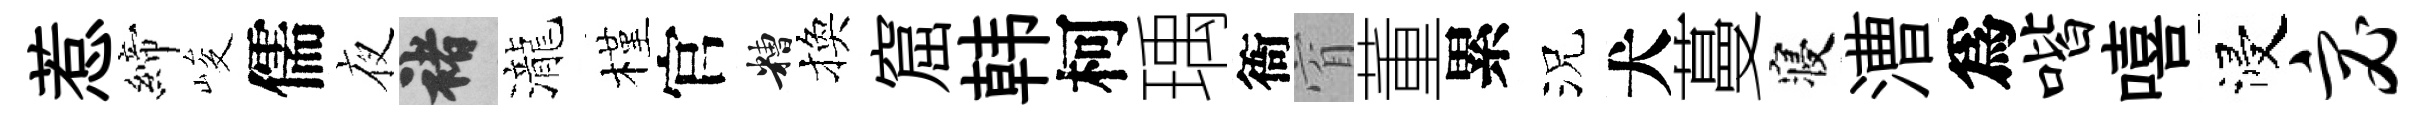
惹締峻儒夜褚瀧槿官糟換窟韩柯瑀衙窅董累況犬蔓寝漕爲喈嘻浸宓